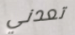
تعدني